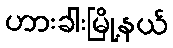
ဟားခါးမြို့နယ်